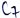
Text: C7